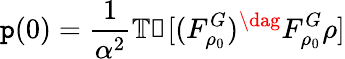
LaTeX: \mathtt{p}(0)=\frac{{1}}{{\alpha^{2}}}\mathbb{{Tr}}[(F_{\rho_{0}}^{G})^{\dag}F_{\rho_{0}}^{G}\rho]